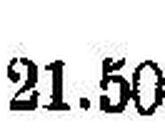
21.50